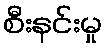
စီးနင်းမှု